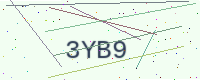
Text: 3YB9